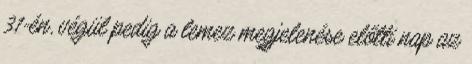
31-én, végül pedig a lemez megjelenése előtti nap az